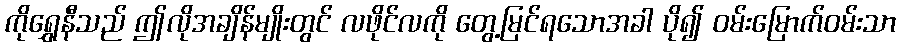
ကိုရွှေနီသည် ဤလိုအချိန်မျိုးတွင် လဖိုင်လကို တွေ့မြင်ရသောအခါ ပို၍ ဝမ်းမြောက်ဝမ်းသာ